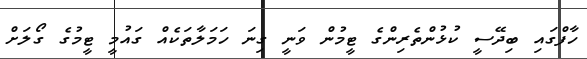
ހާފްގައި ބިދޭސީ ކުޅުންތެރިންގެ ޓީމުން ވަނީ ގިނަ ހަމަލާތަކެއް ގައުމީ ޓީމުގެ ގޯލަށް